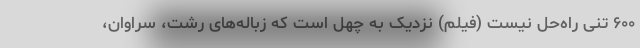
۶۰۰ تنی راه‌حل نیست (فیلم) نزدیک به چهل است که زباله‌های رشت، سراوان،